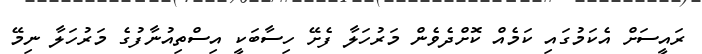
ރައީސަށް އެކަމުގައި ކަމެއް ކޮށްދެވެން މަރުހަލާ ފެށޭ ހިސާބަކީ އިސްތިއުނާފުގެ މަރުހަލާ ނިމޭ